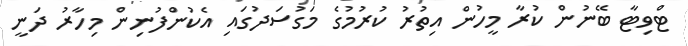
ޓްވިޓާ ބޭނުން ކުރާ މީހުން އިތުރު ކުރުމުގެ މަގުސަދުގައި އެކުންފުނިން މިހާރު ދަނީ